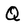
Character: Q